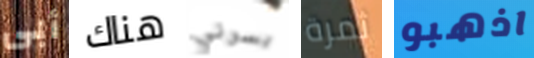
أبى هناك يسرني ثمرة اذهبو